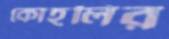
কোহলির